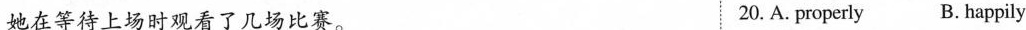
她在等待上场时观看了几场比赛. 20.A. properly B.happily